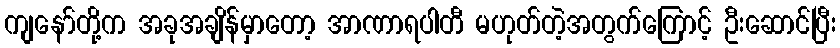
ကျနော်တို့က အခုအချိန်မှာတော့ အာဏာရပါတီ မဟုတ်တဲ့အတွက်ကြောင့် ဦးဆောင်ပြီး